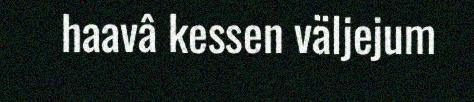
haavâ kessen väljejum